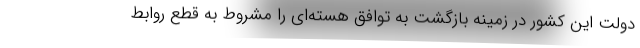
دولت این کشور در زمینه بازگشت به توافق هسته‌ای را مشروط به قطع روابط